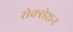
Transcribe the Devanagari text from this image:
सेक्सेशन